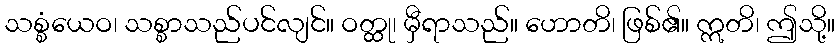
သစ္စံယေဝ၊ သစ္စာသည်ပင်လျင်။ ဝတ္ထု၊ မှီရာသည်။ ဟောတိ၊ ဖြစ်၏။ ဣတိ၊ ဤသို့။